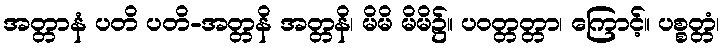
အတ္တာနံ ပတိ ပတိ-အတ္တနိ အတ္တနိ၊ မိမိ မိမိ၌။ ပဝတ္တတ္တာ၊ ကြောင့်။ ပစ္စတ္တံ၊